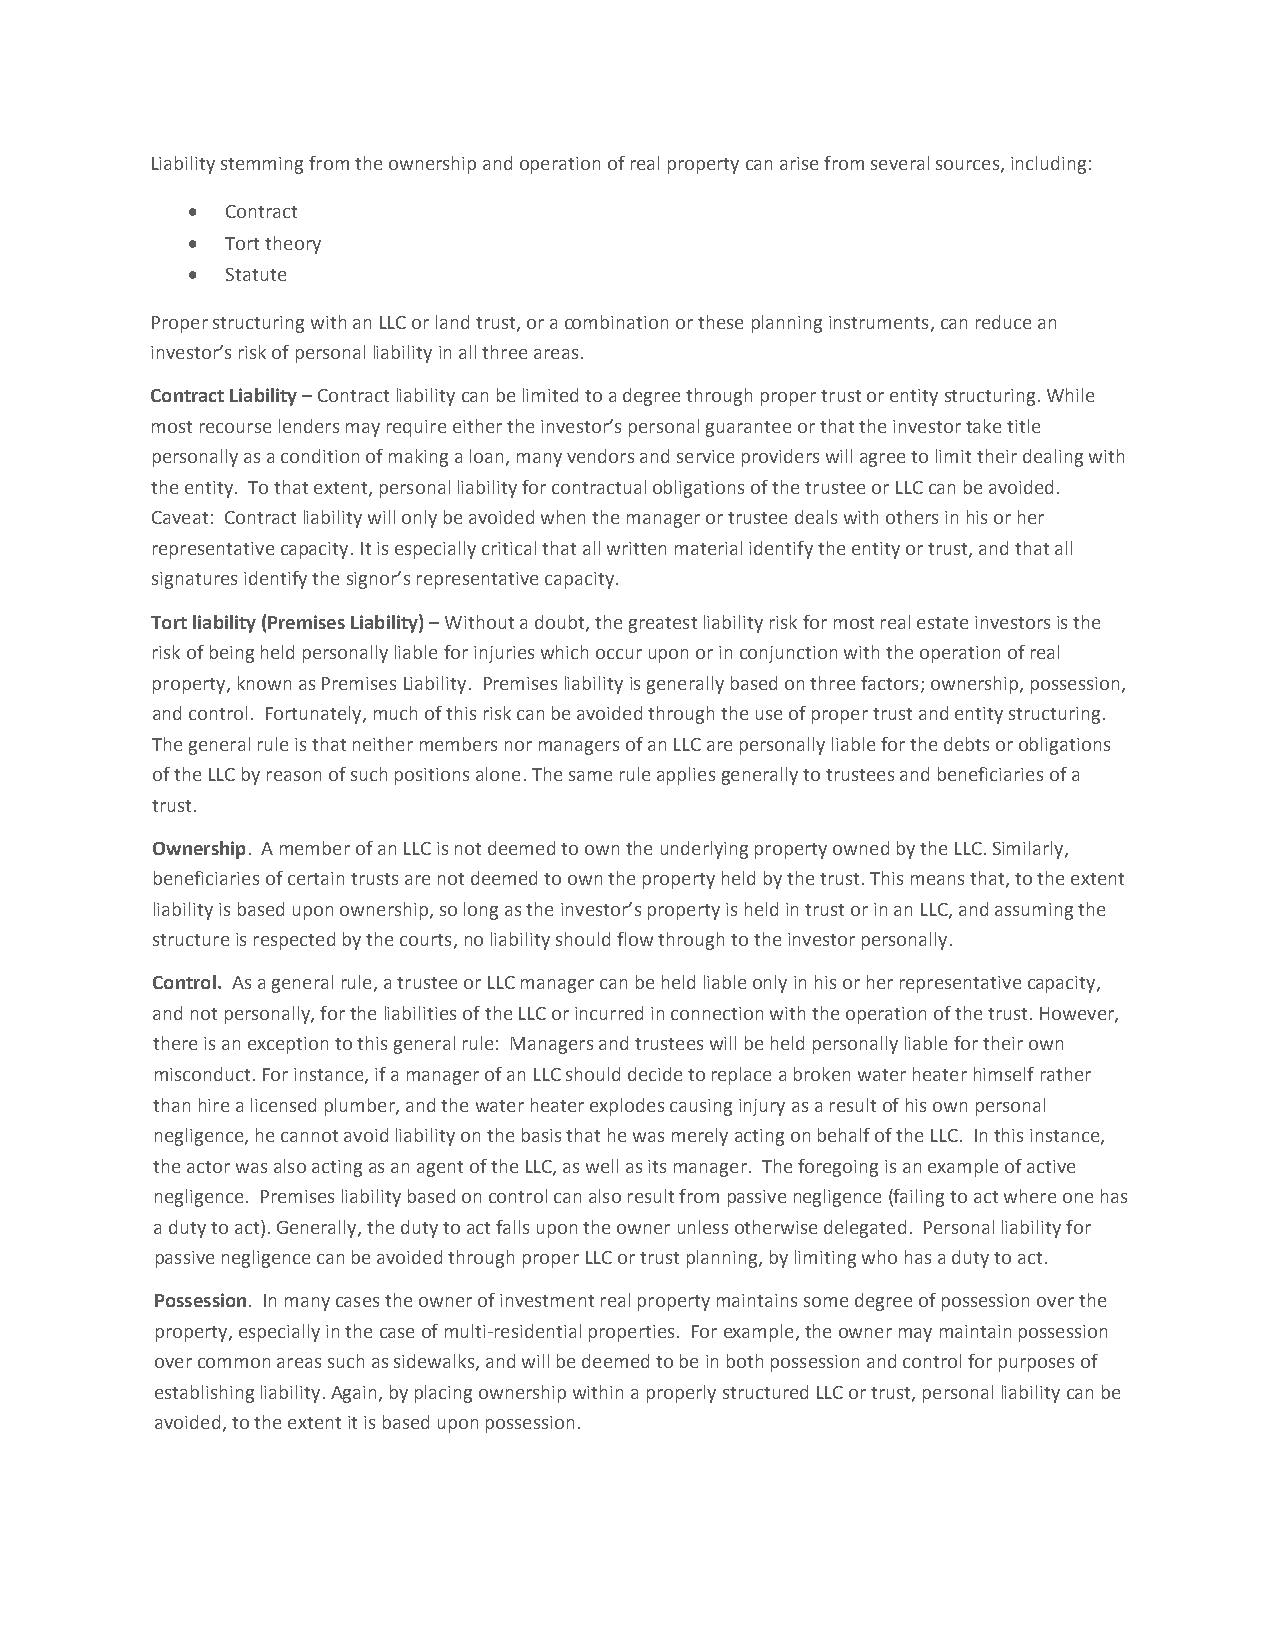
Liability stemming from the ownership and operation of real property can arise from several sources, including:
 •  Contract
 •  Tort theory
 •  Statute
 Proper structuring with an LLC or land trust, or a combination or these planning instruments, can reduce an
 investor’s risk of personal liability in all three areas.
 Contract Liability – Contract liability can be limited to a degree through proper trust or entity structuring. While
 most recourse lenders may require either the investor’s personal guarantee or that the investor take title
 personally as a condition of making a loan, many vendors and service providers will agree to limit their dealing with
 the entity. To that extent, personal liability for contractual obligations of the trustee or LLC can be avoided.
 Caveat: Contract liability will only be avoided when the manager or trustee deals with others in his or her
 representative capacity. It is especially critical that all written material identify the entity or trust, and that all
 signatures identify the signor’s representative capacity.
 Tort liability (Premises Liability) – Without a doubt, the greatest liability risk for most real estate investors is the
 risk of being held personally liable for injuries which occur upon or in conjunction with the operation of real
 property, known as Premises Liability. Premises liability is generally based on three factors; ownership, possession,
 and control. Fortunately, much of this risk can be avoided through the use of proper trust and entity structuring.
 The general rule is that neither members nor managers of an LLC are personally liable for the debts or obligations
 of the LLC by reason of such positions alone. The same rule applies generally to trustees and beneficiaries of a
 trust.
 Ownership. A member of an LLC is not deemed to own the underlying property owned by the LLC. Similarly,
 beneficiaries of certain trusts are not deemed to own the property held by the trust. This means that, to the extent
 liability is based upon ownership, so long as the investor’s property is held in trust or in an LLC, and assuming the
 structure is respected by the courts, no liability should flow through to the investor personally.
 Control. As a general rule, a trustee or LLC manager can be held liable only in his or her representative capacity,
 and not personally, for the liabilities of the LLC or incurred in connection with the operation of the trust. However,
 there is an exception to this general rule: Managers and trustees will be held personally liable for their own
 misconduct. For instance, if a manager of an LLC should decide to replace a broken water heater himself rather
 than hire a licensed plumber, and the water heater explodes causing injury as a result of his own personal
 negligence, he cannot avoid liability on the basis that he was merely acting on behalf of the LLC. In this instance,
 the actor was also acting as an agent of the LLC, as well as its manager. The foregoing is an example of active
 negligence. Premises liability based on control can also result from passive negligence (failing to act where one has
 a duty to act). Generally, the duty to act falls upon the owner unless otherwise delegated. Personal liability for
 passive negligence can be avoided through proper LLC or trust planning, by limiting who has a duty to act.
 Possession. In many cases the owner of investment real property maintains some degree of possession over the
 property, especially in the case of multi‐residential properties. For example, the owner may maintain possession
 over common areas such as sidewalks, and will be deemed to be in both possession and control for purposes of
 establishing liability. Again, by placing ownership within a properly structured LLC or trust, personal liability can be
 avoided, to the extent it is based upon possession.